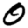
Digit: 0